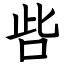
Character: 呰